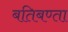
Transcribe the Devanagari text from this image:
बतिबण्ता